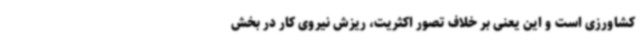
کشاورزی است و این یعنی بر خلاف تصور اکثریت، ریزش نیروی کار در بخش